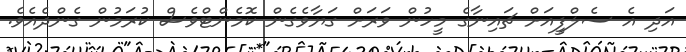
އަދި އެ ސެލްފީއަށް ޗައިނާގެ މީހުން ވަރަށް ގަޔާވެގެން ކޮމެންޓްވެސް ކުރަމުން ގެންދެއެވެ.